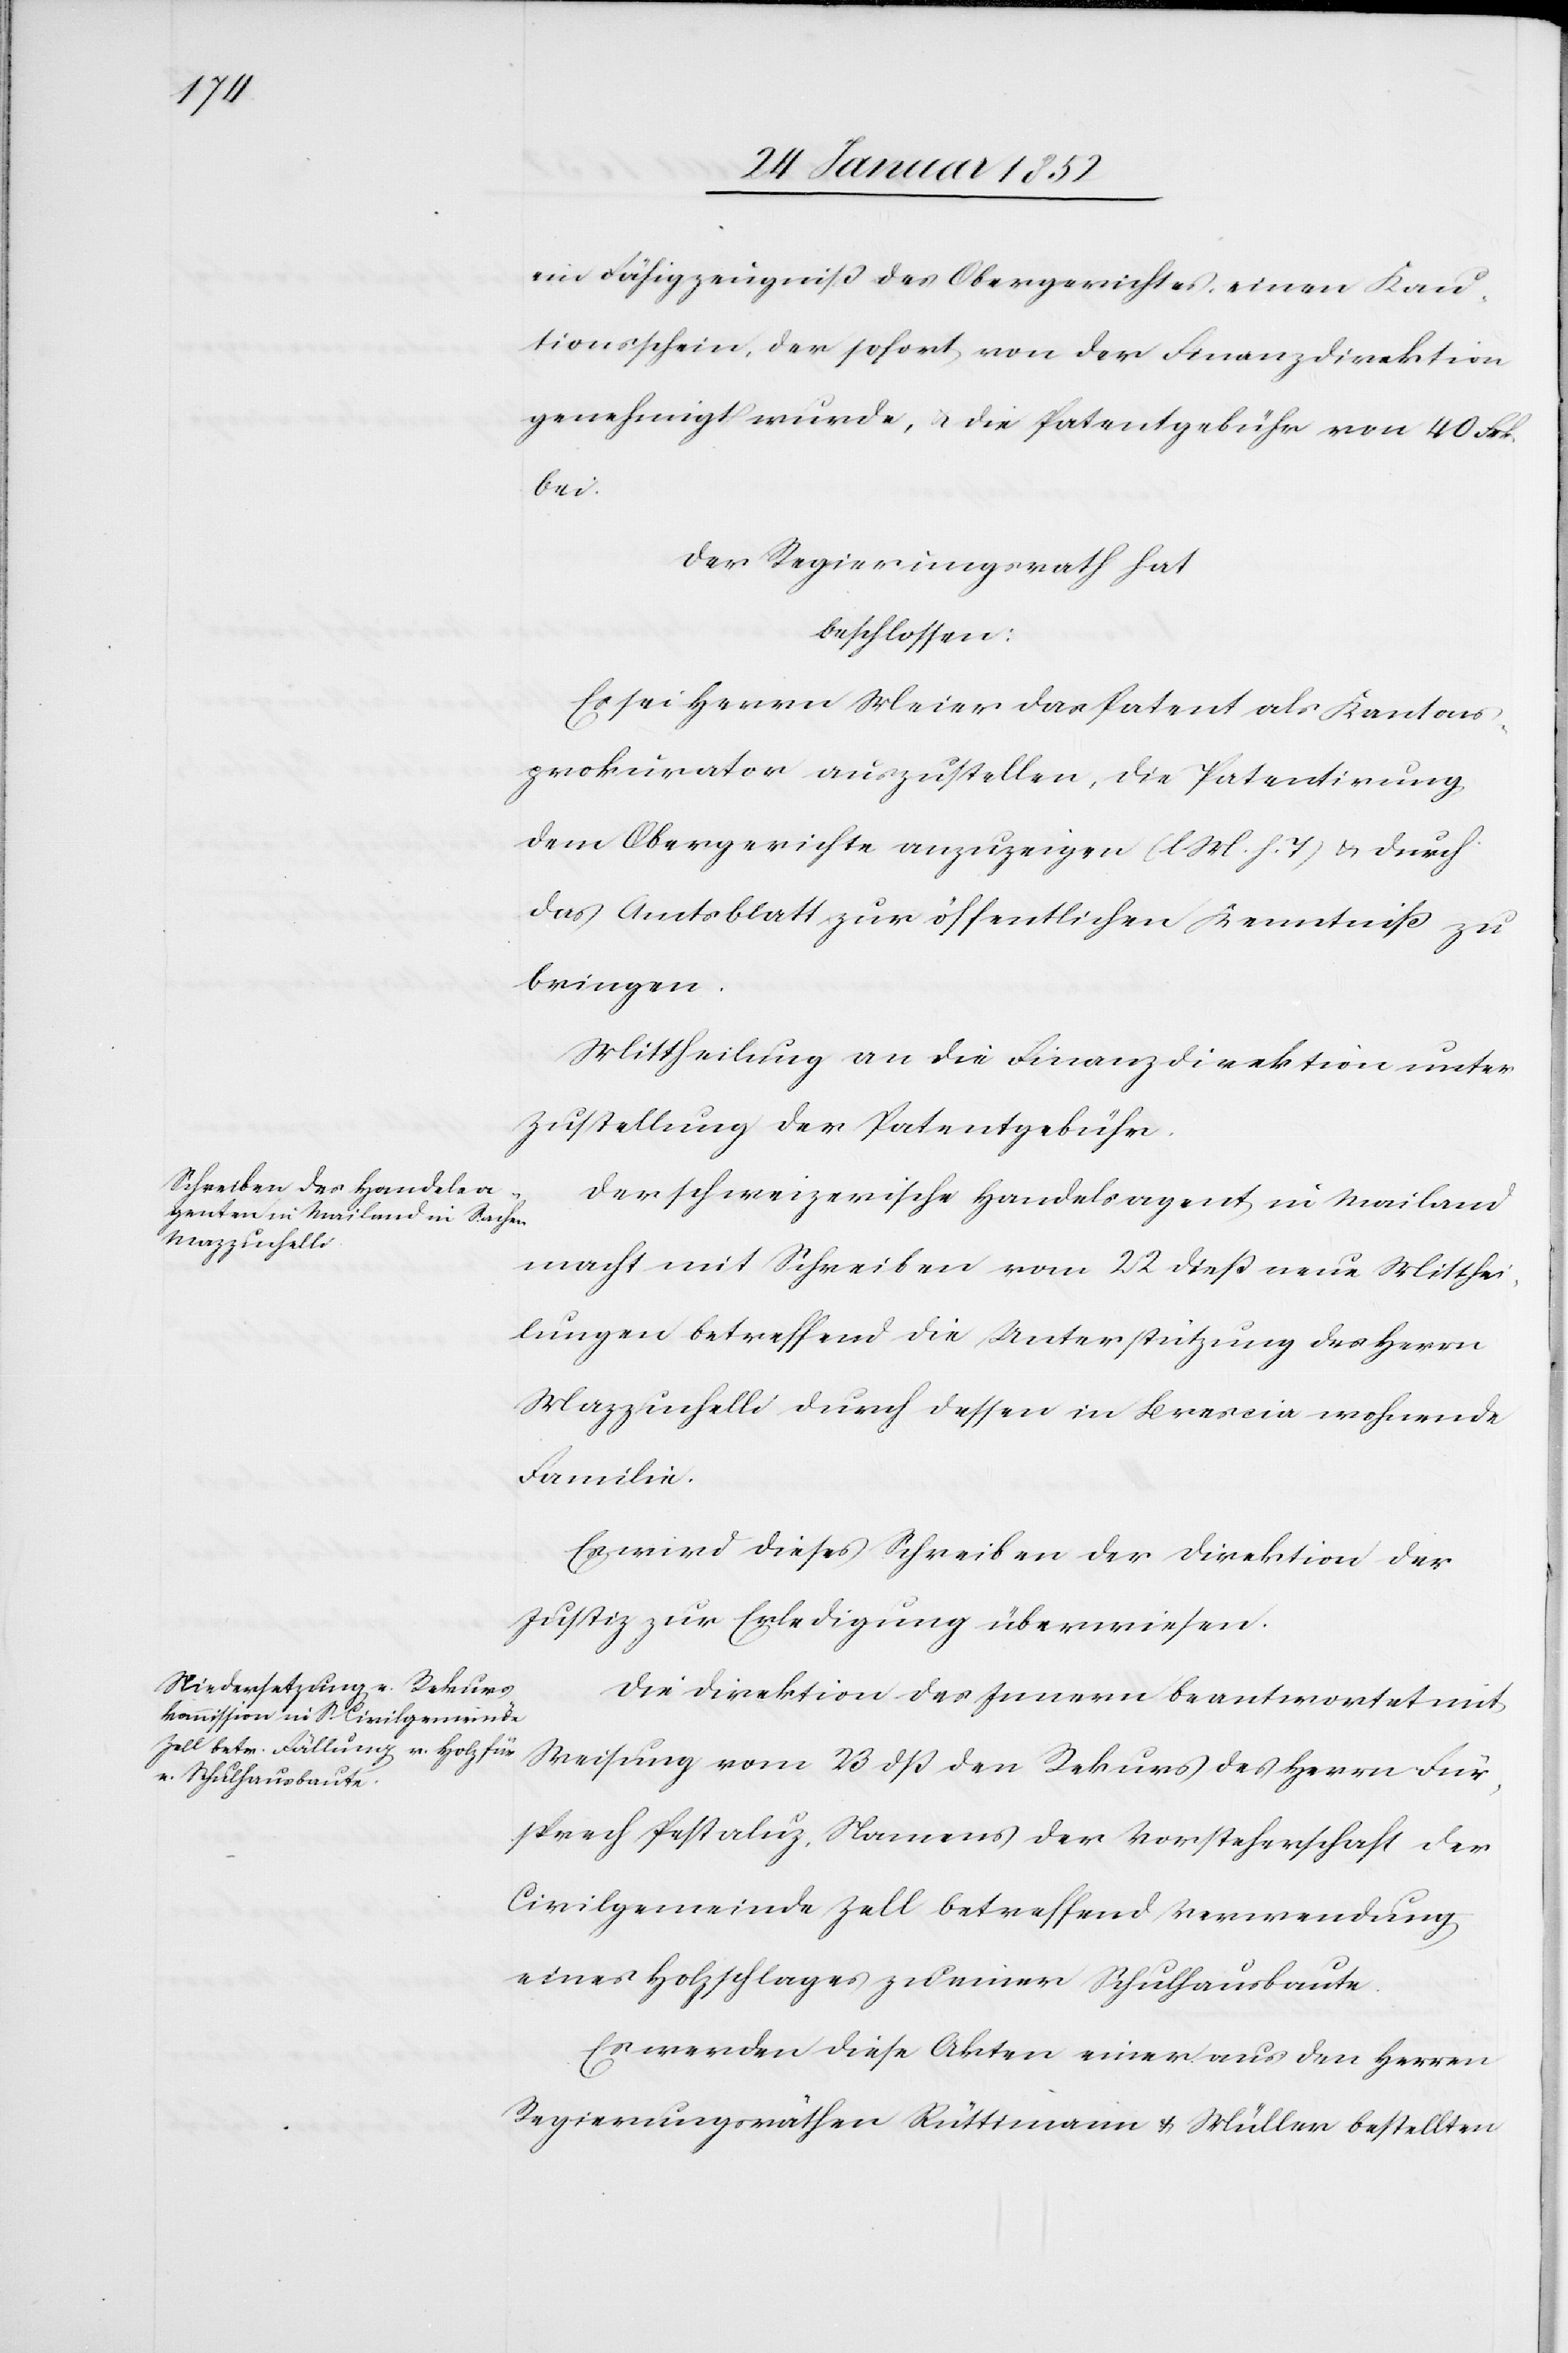
ein Fähigzeugniß des Obergerichtes, einen Kau¬
tionsschein, der sofort von der Finanzdirektion
genehmigt wurde, u. die Patentgebühr von 40 Frk.
bei.
Der Regierungsrath hat
beschlossen:
Es sei Herrn Meier das Patent als Kantons¬
prokurator auszustellen, die Patentirung
dem Obergerichte anzuzeigen (l. M. h. T) u. durch
das Amtsblatt zur öffentlichen Kenntniß zu
bringen.
Mittheilung an die Finanzdirektion unter
Zustellung der Patentgebühr.
Der schweizerische Handelsagent, in Mailand
macht mit Schreiben vom 22Dieß neue Mitthei¬
lungen betreffend die Unterstützung des Herrn
Mazzufalls durch dessen in Brescia wohnende
Familie.
Es wird dieses Schreiben der Direktion der
Justiz zur Erledigung überwiesen.
Die Direktion des Innern beantwortet mit
Weisung vom 23 dß den Rekurs des Herrn Für¬
sprech Pestaluz, Namens der Vorsteherschaft der
Civilgemeinde Zell betreffend Verwendung
eines Holzschlages zu einer Schulhausbaute.
Es werden diese Akten einer aus den Herren
Regierungsräthen Rüttimann u. Müller bestellten